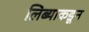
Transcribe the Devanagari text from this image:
लिब्याकडून